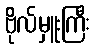
ဗိုလ်မှူးကြီး